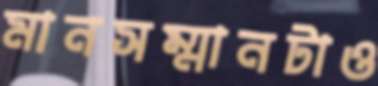
মানসম্মানটাও